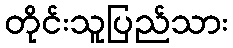
တိုင်းသူပြည်သား